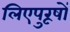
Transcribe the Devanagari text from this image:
लिएपुरूषों